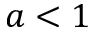
a < 1